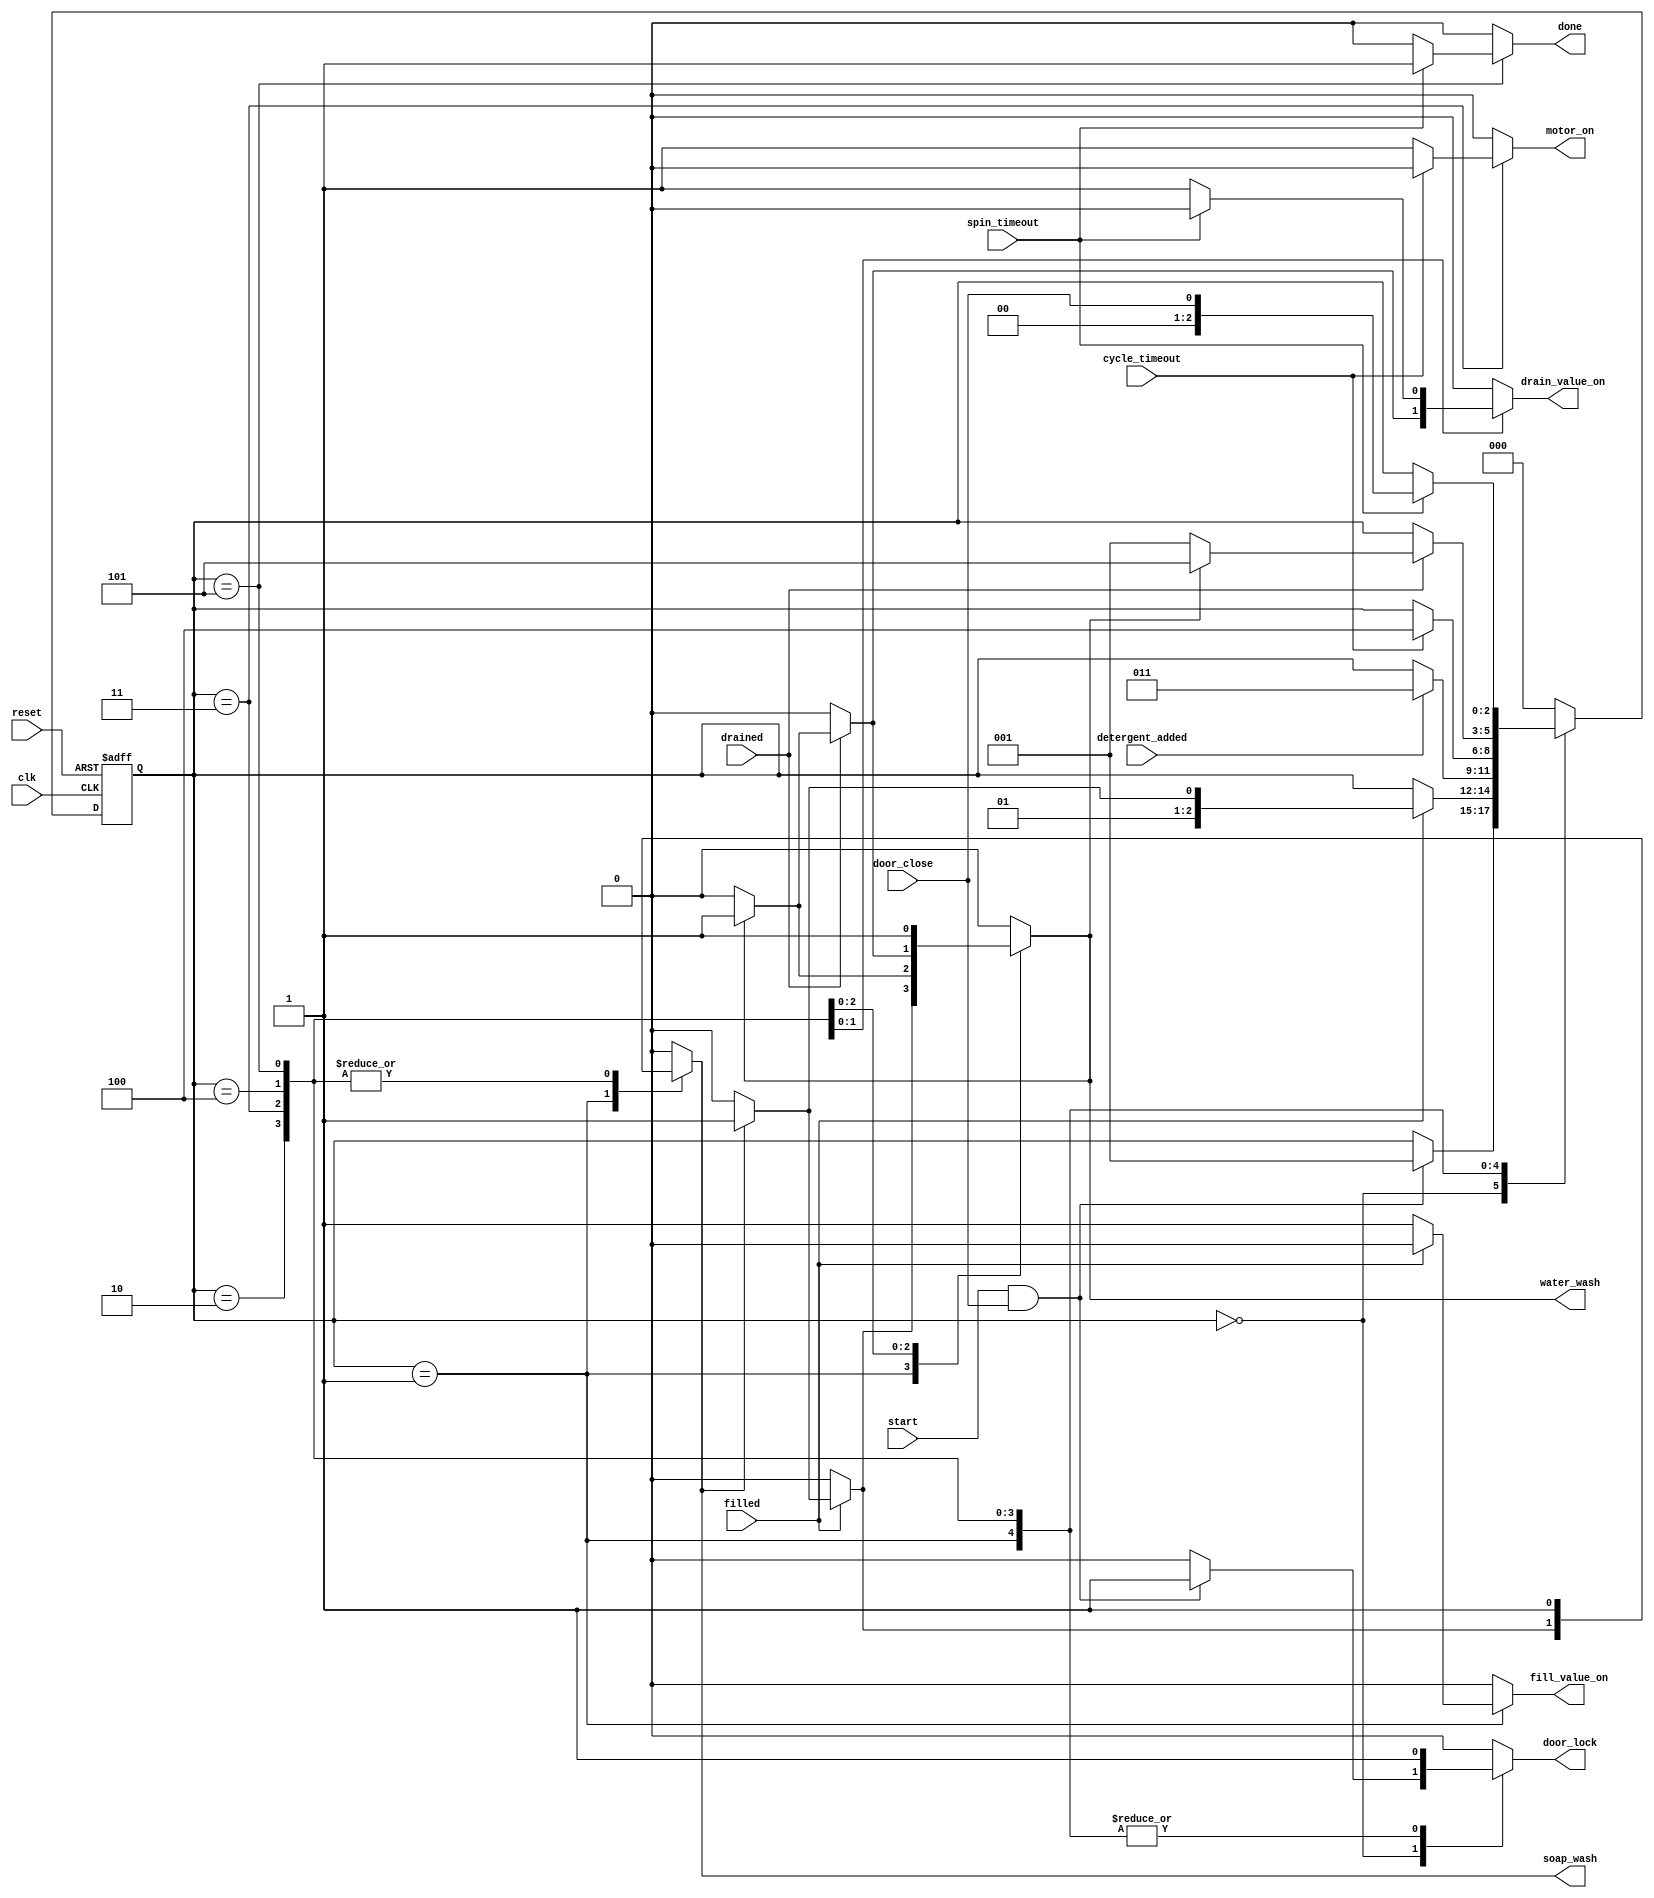
//`timescale 10ns / 1ps

/////////////////////////////////
/////////////////////////////////
/////////////////////////////////
module iiitb_wm(clk, reset, door_close, start, filled, detergent_added, cycle_timeout, drained, spin_timeout, door_lock, motor_on, fill_value_on, drain_value_on, done, soap_wash, water_wash);

	input clk, reset, door_close, start, filled, detergent_added, cycle_timeout, drained, spin_timeout;
	output reg door_lock, motor_on, fill_value_on, drain_value_on, done, soap_wash, water_wash; 
	
	//defining the states
	parameter check_door = 3'b000;
	parameter fill_water = 3'b001;
	parameter add_detergent = 3'b010;
	parameter cycle = 3'b011;
	parameter drain_water = 3'b100;
	parameter spin = 3'b101;
        
        
	reg[2:0] current_state; 
	reg [2:0] next_state;
	
	always@(*)
	begin
	case(current_state)
		check_door:
			if(start==1 && door_close==1)
			begin
				next_state = fill_water;
				motor_on = 0;
				fill_value_on = 0;
				drain_value_on = 0;
				door_lock = 1;
				soap_wash = 0;
				water_wash = 0;
				done = 0;
			end
			else
			begin
				next_state = current_state;
				motor_on = 0;
				fill_value_on = 0;
				drain_value_on = 0;
				door_lock = 0;
				soap_wash = 0;
				water_wash = 0;
				done = 0;
			end
			
			fill_water:
			if (filled==1)
			begin
				if(soap_wash == 0)
				begin
					next_state = add_detergent;
					motor_on = 0;
					fill_value_on = 0;
					drain_value_on = 0;
					door_lock = 1;
					soap_wash = 0;
					water_wash = 0;
					done = 0;
				end
				else
				begin
					next_state = cycle;
					motor_on = 0;
					fill_value_on = 0;
					drain_value_on = 0;
					door_lock = 1;
					soap_wash = 1;
					water_wash = 1;
					done = 0;
				end
			end
			else
			begin
				next_state = current_state;
				motor_on = 0;
				fill_value_on = 1;
				drain_value_on = 0;
				door_lock = 1;
				done = 0;
                                soap_wash = 0;
                                water_wash = 0;
			end
			add_detergent:
			if(detergent_added==1)
			begin
				next_state = cycle;
				motor_on = 0;
				fill_value_on = 0;
				drain_value_on = 0;
				door_lock = 1;
				soap_wash = 1;
				done = 0;
                                water_wash = 0;
			end
			else
			begin
				next_state = current_state;
				motor_on = 0;
				fill_value_on = 0;
				drain_value_on = 0;
				door_lock = 1;
				soap_wash = 1;
				water_wash = 0;
				done = 0;
			end
			cycle:

			if(cycle_timeout == 1)
			begin
				if(water_wash == 0)
				begin
					next_state = drain_water;
					motor_on = 0;
					fill_value_on = 0;
					drain_value_on = 0;
					door_lock = 1;
					soap_wash = 1;
					water_wash = 0;
					done = 0;
				end
				else
				begin
					next_state = drain_water;
					motor_on = 0;
					fill_value_on = 0;
					drain_value_on = 0;
					door_lock = 1;
					soap_wash = 1;
					water_wash = 1;
					done = 0;
				end
			end
			else
			begin
				if(water_wash == 0)
				begin
					next_state = current_state;
					motor_on = 1;
					fill_value_on = 0;
					drain_value_on = 0;
					door_lock = 1;
					soap_wash = 1;
					water_wash = 0;
					done = 0;
				end
				else
				begin
					next_state = current_state;
					motor_on = 1;
					fill_value_on = 0;
					drain_value_on = 0;
					door_lock = 1;
					soap_wash = 1;
					water_wash = 1;
					done = 0;
				end
			end
			drain_water:
			 if(drained==1)
			 begin
				if(water_wash==0)
				begin
					next_state = fill_water;
					motor_on = 0;
					fill_value_on = 0;
					drain_value_on = 0;
					door_lock = 1;
					soap_wash = 1;
					water_wash = 0;
					done = 0;
				end
				else
				begin
				        next_state = spin;
					motor_on = 0;
					fill_value_on = 0;
					drain_value_on = 1;
					door_lock = 1;
					soap_wash = 1;
					water_wash = 1;
					done = 0;
				end
			end
			else
			begin
				next_state = current_state;
				motor_on = 0;
				fill_value_on = 0;
				drain_value_on = 0;
				door_lock = 1;
				soap_wash = 1;
				water_wash = 0;
				done = 0;
			end
			spin:
			if(spin_timeout==1)
			begin
				next_state = door_close;
				motor_on = 0;
				fill_value_on = 0;
				drain_value_on = 0;
				door_lock = 1;
				soap_wash = 1;
				water_wash = 1;
				done = 1;
			end
			else
			begin
				next_state = current_state;
				motor_on = 0;
				fill_value_on = 0;
				drain_value_on = 1;
				door_lock = 1;
				soap_wash = 1;
				water_wash = 1;
				done = 0;
			end
			default: begin
                                next_state = check_door;
                                motor_on = 0;
				fill_value_on = 0;
				drain_value_on = 0;
				door_lock = 0;
				soap_wash = 0;
				water_wash = 0;
				done = 0;
		        end
                                
				
			endcase
	end
	
	always@(posedge clk or posedge reset)
	begin
		if(reset)
		begin
			current_state<=3'b000;
		end
		else
		begin
			current_state<=next_state;
		end
	end
	
endmodule